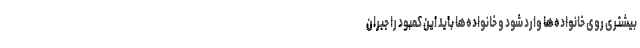
بیشتری روی خانواده‌ها وارد شود و خانواده‌ها باید این کمبود را جبران